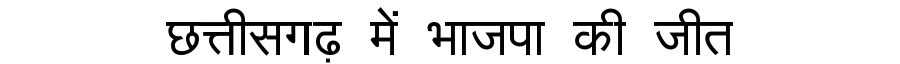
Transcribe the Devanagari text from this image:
छत्तीसगढ़ में भाजपा की जीत